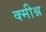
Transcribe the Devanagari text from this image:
क्मीश्न